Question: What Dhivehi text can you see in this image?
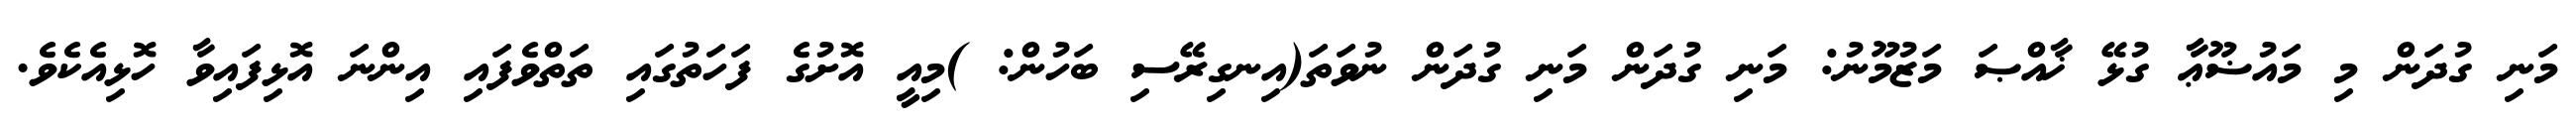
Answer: މަނި ގުދަން މި މައުޟޫޢާ ގުޅޭ ޚާއްޞަ މަޒުމޫނު: މަނި ގުދަން މަނި ގުދަން ނުވަތަ(އިނގިރޭސި ބަހުން: )މިއީ އޮށުގެ ފަހަތުގައި ތަތްވެފައި އިންނަ އޮޅިފައިވާ ހޮޅިއެކެވެ.